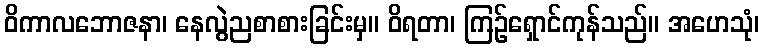
ဝိကာလဘောဇနာ၊ နေလွဲညစာစားခြင်းမှ။ ဝိရတာ၊ ကြဉ်ရှောင်ကုန်သည်။ အဟေသုံ၊